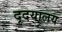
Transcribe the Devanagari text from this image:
दृदयालय